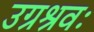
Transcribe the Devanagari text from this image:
उग्रश्रवः